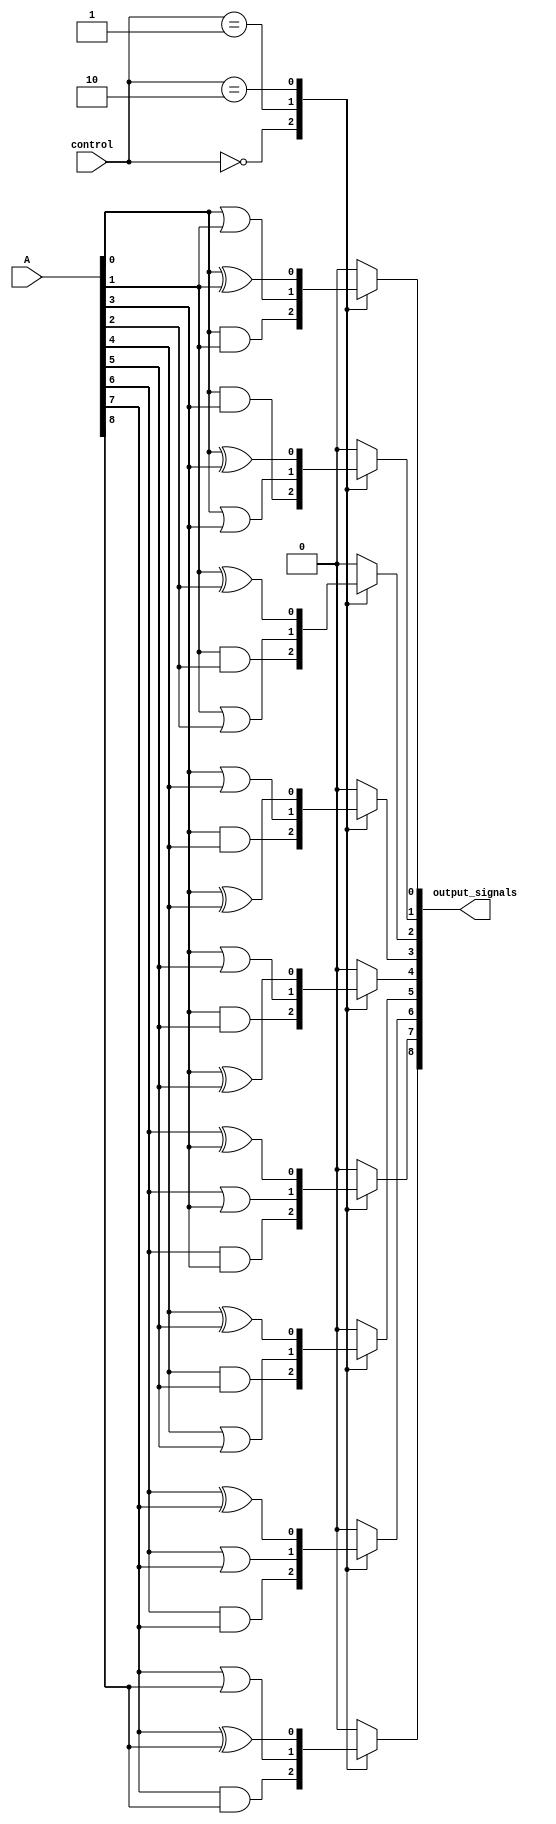
module adjacency_groups (
    input wire [8:0] A, // 3x3 grid inputs (A[0] to A[8])
    input wire [1:0] control, // Control signals to select operation
    output reg [8:0] output_signals // Output signals based on adjacency logic
);

// Internal signals for adjacency detection
wire [8:0] adjacent;

// Adjacency detection logic
assign adjacent[0] = A[0] & A[1]; // A[0] adjacent to A[1]
assign adjacent[1] = A[0] & A[3]; // A[0] adjacent to A[3]
assign adjacent[2] = A[1] & A[2]; // A[1] adjacent to A[2]
assign adjacent[3] = A[3] & A[4]; // A[3] adjacent to A[4]
assign adjacent[4] = A[3] & A[5]; // A[3] adjacent to A[5]
assign adjacent[5] = A[4] & A[5]; // A[4] adjacent to A[5]
assign adjacent[6] = A[6] & A[7]; // A[6] adjacent to A[7]
assign adjacent[7] = A[6] & A[3]; // A[6] adjacent to A[3]
assign adjacent[8] = A[7] & A[8]; // A[7] adjacent to A[8]

// Combinational logic based on control signals
always @(*) begin
    case (control)
        2'b00: begin // AND operation on adjacent pairs
            output_signals[0] = adjacent[0];
            output_signals[1] = adjacent[1];
            output_signals[2] = adjacent[2];
            output_signals[3] = adjacent[3];
            output_signals[4] = adjacent[4];
            output_signals[5] = adjacent[5];
            output_signals[6] = adjacent[6];
            output_signals[7] = adjacent[7];
            output_signals[8] = adjacent[8];
        end
        2'b01: begin // OR operation on adjacent pairs
            output_signals[0] = A[0] | A[1];
            output_signals[1] = A[0] | A[3];
            output_signals[2] = A[1] | A[2];
            output_signals[3] = A[3] | A[4];
            output_signals[4] = A[3] | A[5];
            output_signals[5] = A[4] | A[5];
            output_signals[6] = A[6] | A[7];
            output_signals[7] = A[6] | A[3];
            output_signals[8] = A[7] | A[8];
        end
        2'b10: begin // XOR operation on adjacent pairs
            output_signals[0] = A[0] ^ A[1];
            output_signals[1] = A[0] ^ A[3];
            output_signals[2] = A[1] ^ A[2];
            output_signals[3] = A[3] ^ A[4];
            output_signals[4] = A[3] ^ A[5];
            output_signals[5] = A[4] ^ A[5];
            output_signals[6] = A[6] ^ A[7];
            output_signals[7] = A[6] ^ A[3];
            output_signals[8] = A[7] ^ A[8];
        end
        default: begin // Default case
            output_signals = 9'b0;
        end
    endcase
end

endmodule